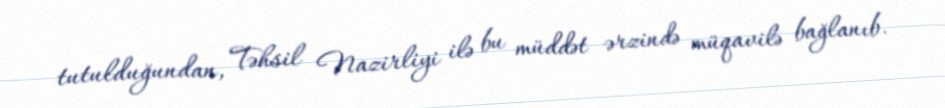
tutulduğundan, Təhsil Nazirliyi ilə bu müddət ərzində müqavilə bağlanıb.